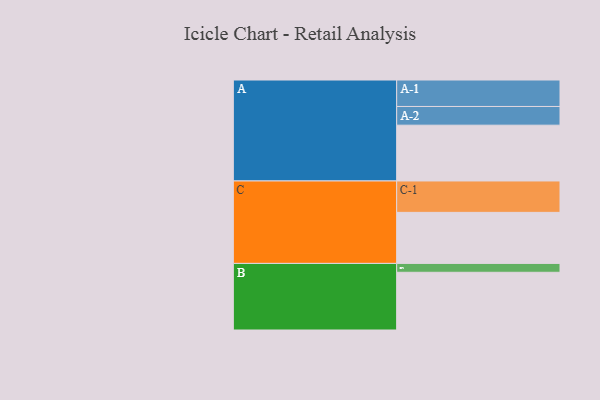
{"axis": {"x": "Segment", "y": "Value"}, "legend": ["", "A", "B", "C"], "data": [{"x": "A", "y": 352, "type": ""}, {"x": "B", "y": 364, "type": ""}, {"x": "C", "y": 322, "type": ""}, {"x": "A-1", "y": 167, "type": "A"}, {"x": "A-2", "y": 118, "type": "A"}, {"x": "B-1", "y": 56, "type": "B"}, {"x": "C-1", "y": 198, "type": "C"}]}